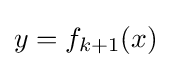
y=f_{k+1}(x)